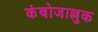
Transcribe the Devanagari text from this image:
कंबोजाल्लुक